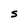
Character: S